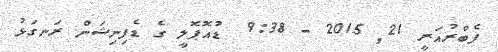
ފެބްރުއަރީ 21